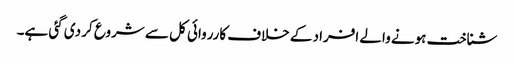
شناخت ہونے والے افراد کے خلاف کارروائی کل سے شروع کر دی گئی ہے۔